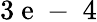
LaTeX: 3\mathrm{~e~-~}4